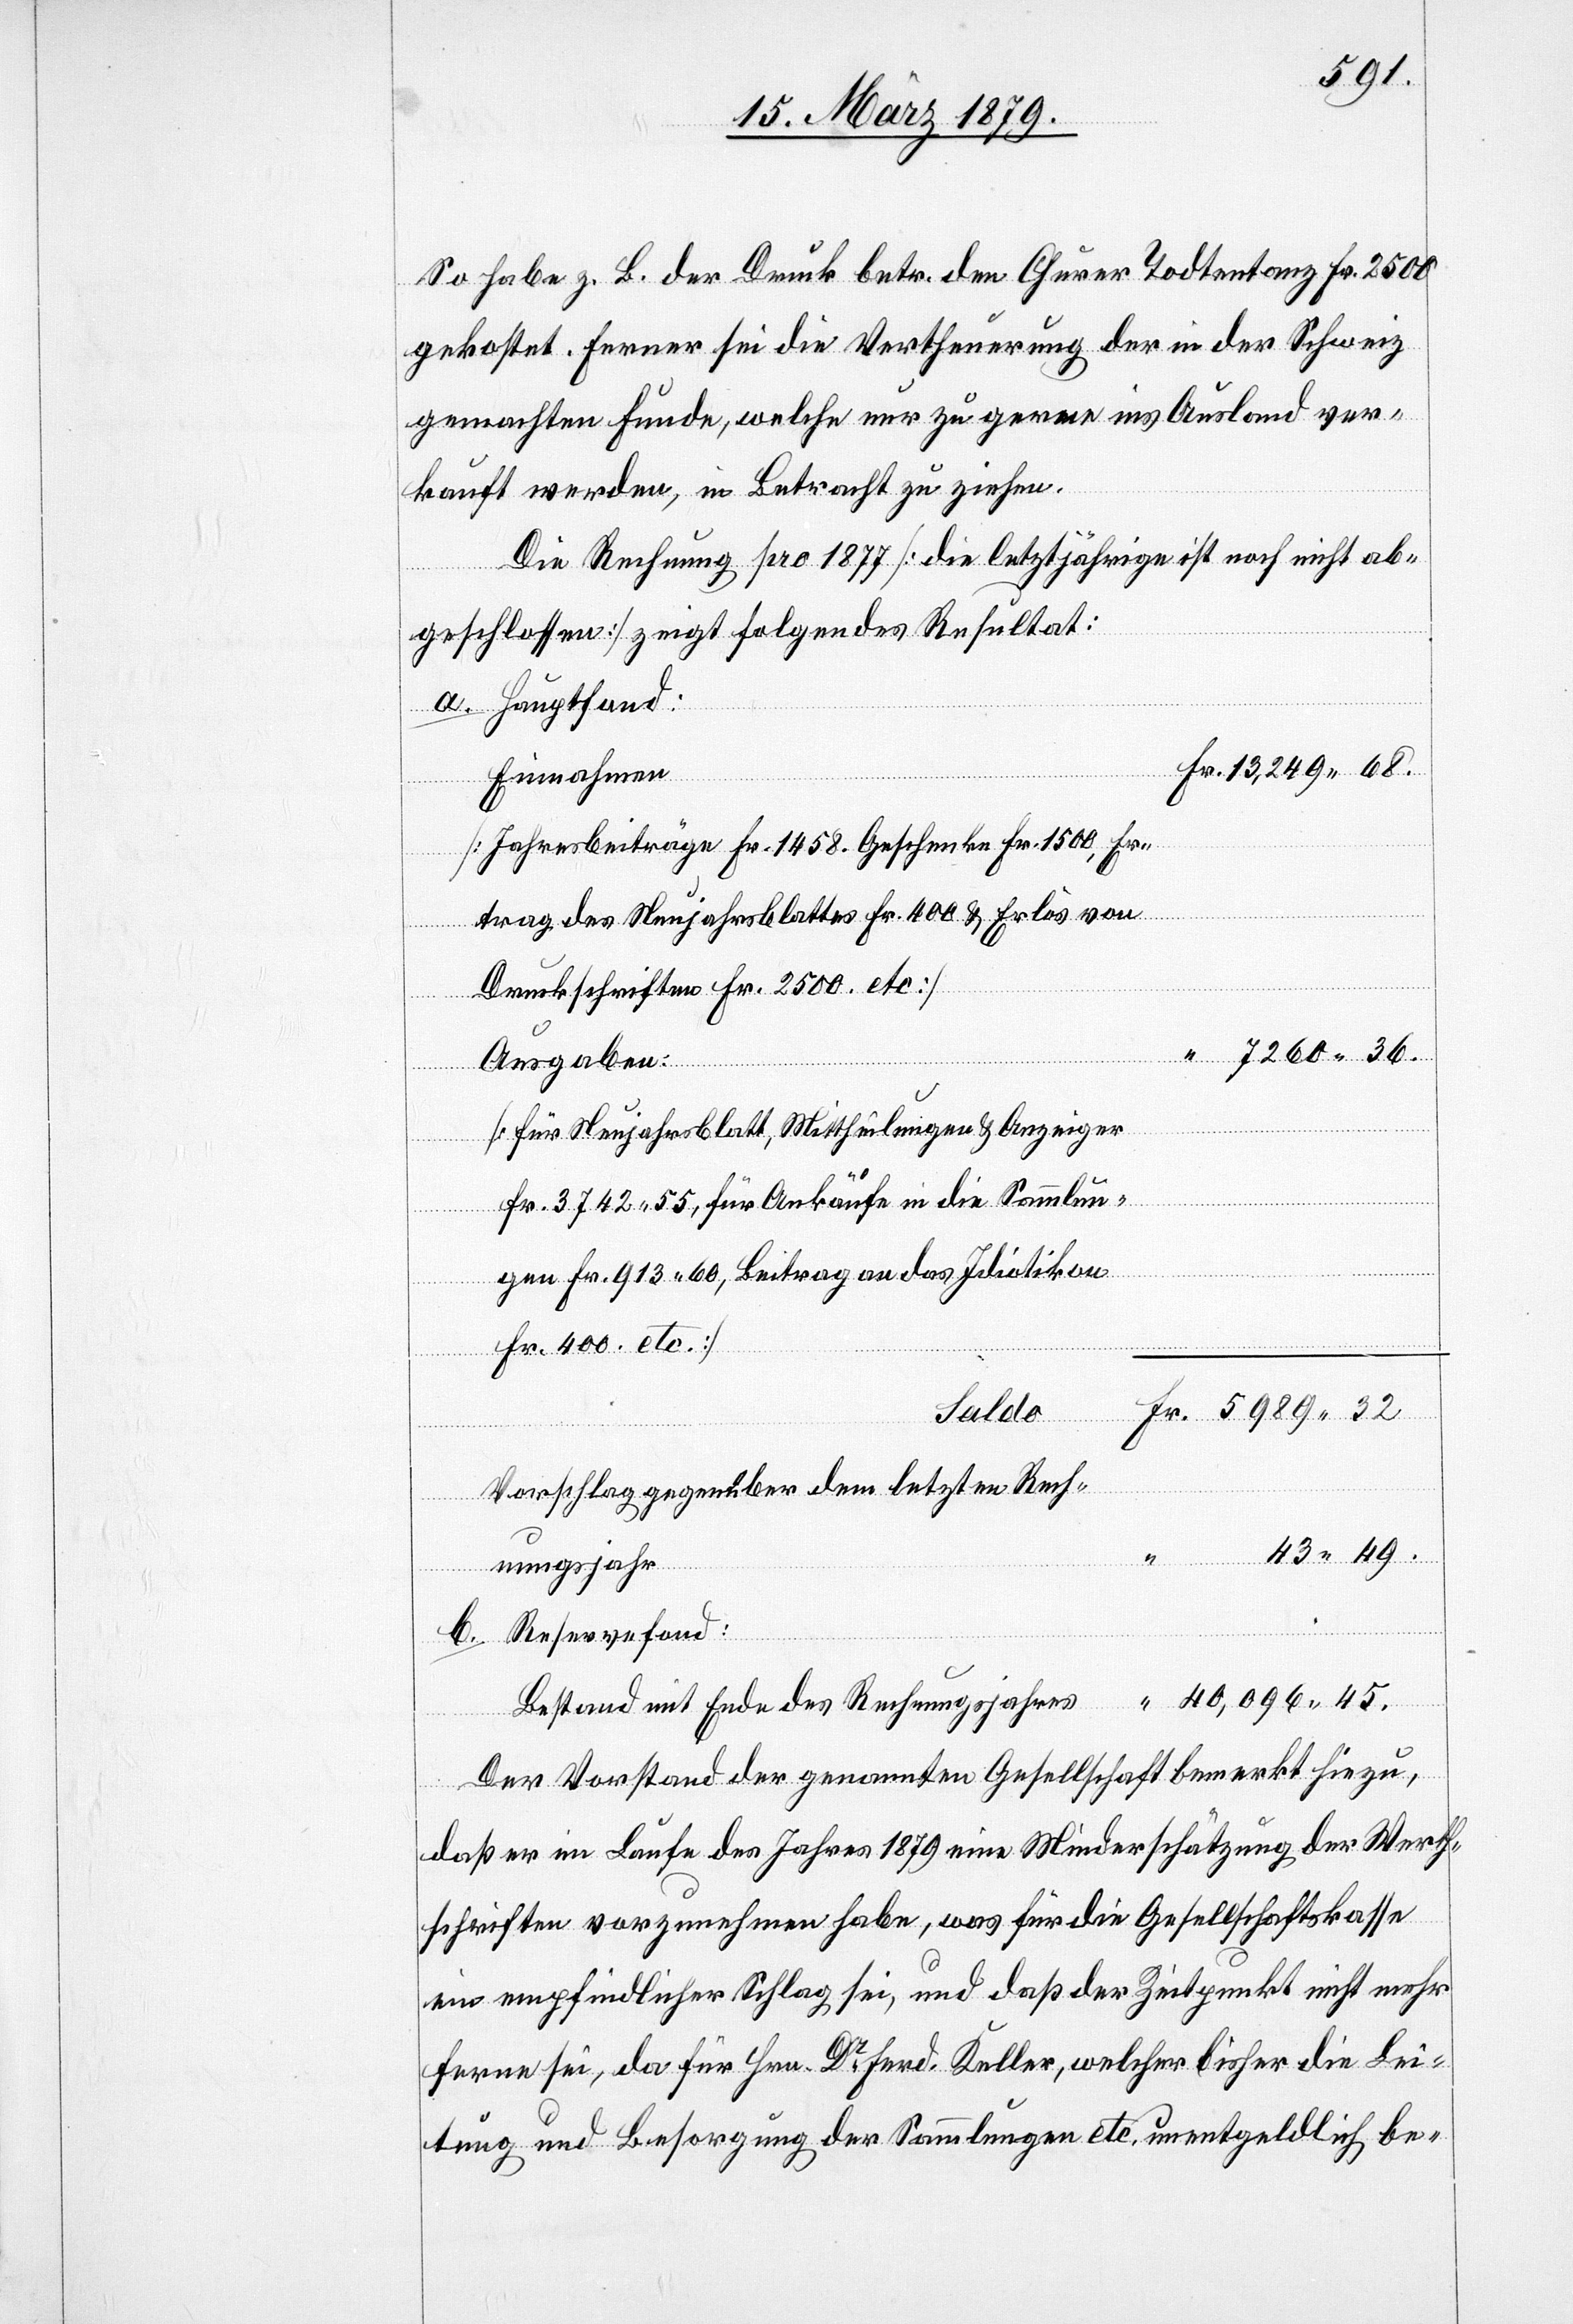
So habe z. B. der Druck betr. den Churer Todtentanz Fr. 2500
gekostet. Ferner sei die Vertheuerung der in der Schweiz
gemachten Funde, welche nur zu gerne ins Ausland ver¬
kauft werden, in Betracht zu ziehen.
Die Rechnung pro 1877 [die letztjährige ist noch nicht ab¬
geschlossen] zeigt folgendes Resultat:
a. Hauptfond:
“
Einnahmen
Bes¬
[Jahresbeiträge Fr. 1458. Geschenke Fr. 1500, Er¬
träge des Neujahrsblattes Fr. 400 & Erlös von
Druckschriften Fr. 2500 etc.]
Ausgaben:
[für Neujahrsblatt, Mittheilungen & Anzeiger
Fr. 3742.55, für Ankäufe in die Sammlun¬
gen Fr. 913.60. Beitrag an das Idiotikon
tand
Fr. 400 etc.
Fr.
Saldo
Vorschlag gegenüber dem letzten Rech¬
43.49.
mit Ende des
nungsjahr
b. Reservefond
Der Vorstand der genannten Gesellschaft bemerkt hiezu,
daß er im Laufe des Jahres 1879 eine Minderschätzung der Werth¬
schriften vorzunehmen habe, was für die Gesellschaftskasse
ein empfindlicher Schlag sei, und daß der Zeitpunkt nicht mehr
ferne sei, da für Hrn. Dr Ferd. Keller, welcher bisher die Lei¬
tung und Besorgung der Sammlungen etc. unentgeldlich be-